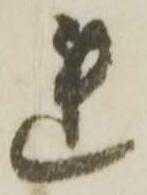
連